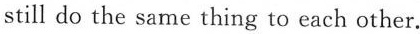
still do the same thing to each other.